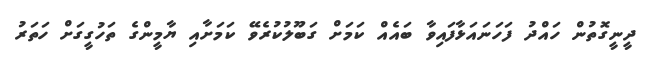
ދީނީގޮތުން ހައްދު ފަހަނައަޅާފައިވާ ބައެއް ކަމަށް ގަބޫލުކުރެވޭ ކަމަށާއި ޔާމީންގެ ތަހުގީގަށް ހަތަރު